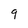
Character: q